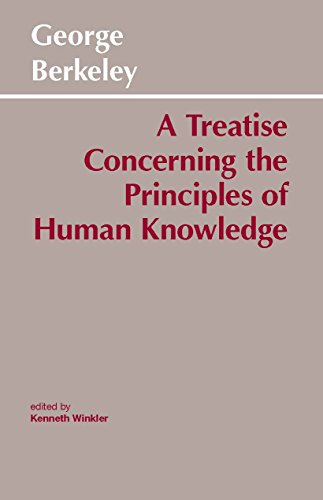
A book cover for A Treatise Concerning the Principles of Human Knowledge (Hackett Classics); George Berkeley; Politics & Social Sciences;